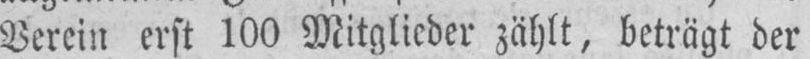
Verein erst 100 Mitglieder zählt, beträgt der